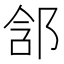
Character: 𨛣